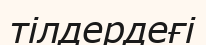
тілдердеғі